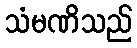
သံမဏိသည်